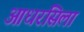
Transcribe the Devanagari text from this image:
आधरसिला